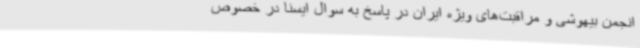
انجمن بیهوشی و مراقبت‌های ویژه ایران در پاسخ به سوال ایسنا در خصوص